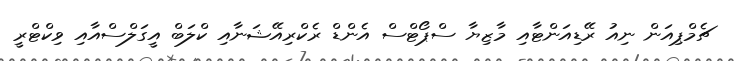
ޗެމްޕިއަން ނިއު ރޭޑިއަންޓާއި މާޒިޔާ ސްޕޯޓްސް އެންޑް ރެކްރިއޭޝަނާއި ކްލަބް އީގަލްސްއާއި ވިކްޓްރީ